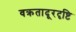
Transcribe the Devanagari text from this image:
वक्रतादूरदृष्टि